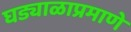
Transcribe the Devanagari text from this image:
घड्याळाप्रमाणे